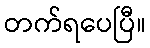
တက်ရပေပြီ။